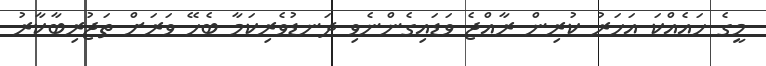
މީގެ ހައެއްކަ އަހަރު ކުރިން ރާއްޖެ ވަޑައިގެންނެވި ދަނޑުވެރިކަމާ ބެހޭ ވަރަށް ތަޖުރިބާކާރު